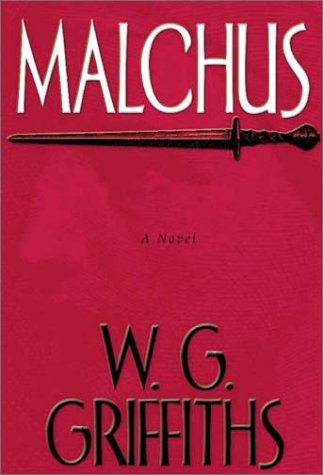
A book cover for Malchus; W. G. Griffiths; Christian Books & Bibles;